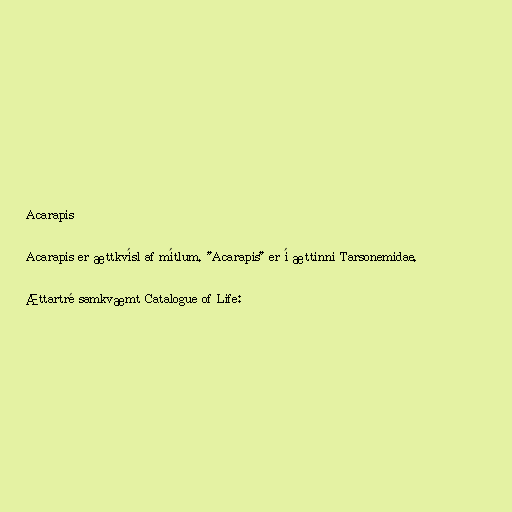
Acarapis

Acarapis er ættkvísl af mítlum. "Acarapis" er í ættinni Tarsonemidae.

Ættartré samkvæmt Catalogue of Life: